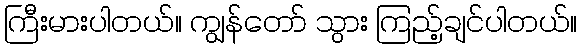
ကြီးမားပါတယ်။ ကျွန်တော် သွား ကြည့်ချင်ပါတယ်။